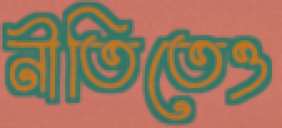
নীতিতেও